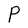
Character: P